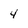
Character: 4